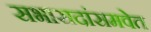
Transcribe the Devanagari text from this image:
सभासदांसमवेत